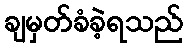
ချမှတ်ခံခဲ့ရသည်